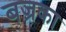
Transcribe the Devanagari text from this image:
बज्रका